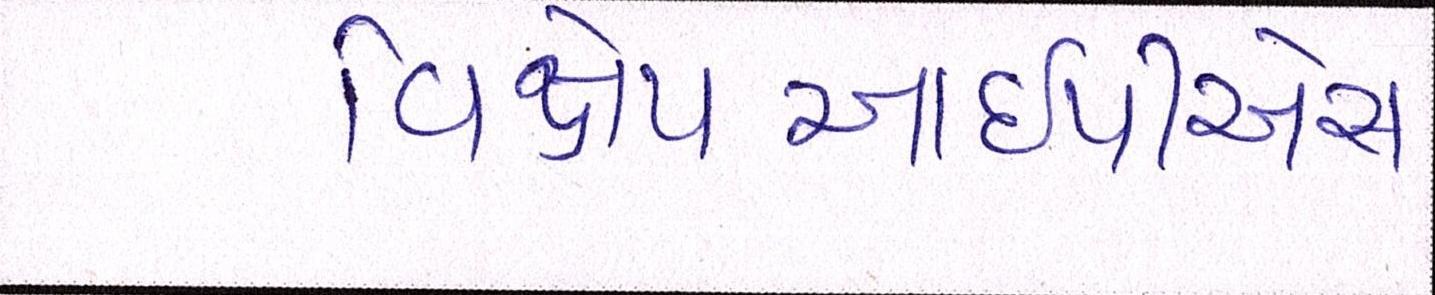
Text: વિક્ષેપઆઇપીએસ